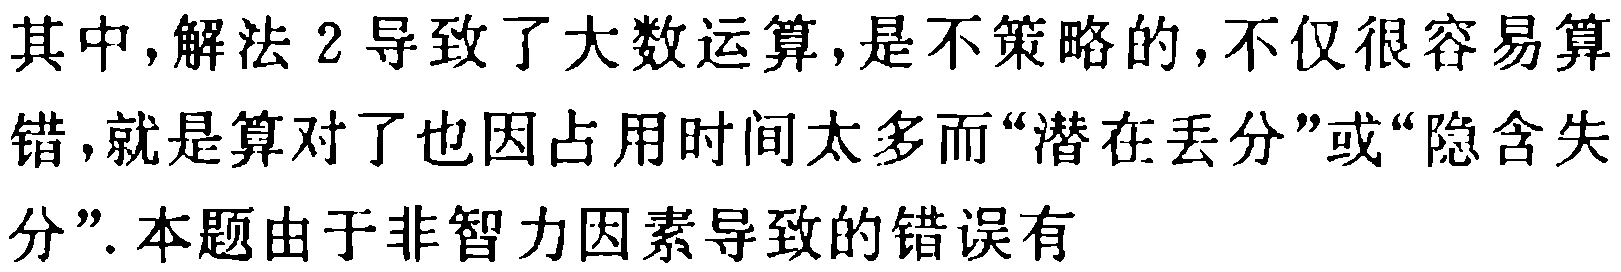
其中,解法2导致了大数运算,是不策略的,不仅很容易算错,就是算对了也因占用时间太多而“潜在丢分”或“隐含失分”.本题由于非智力因素导致的错误有